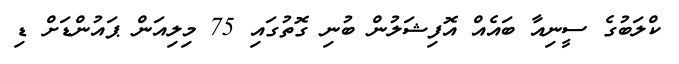
ކްލަބުގެ ސީނިއާ ބައެއް އޮފިޝަލުން ބުނި ގޮތުގައި 75 މިލިއަން ޕައުންޑަށް ޑި